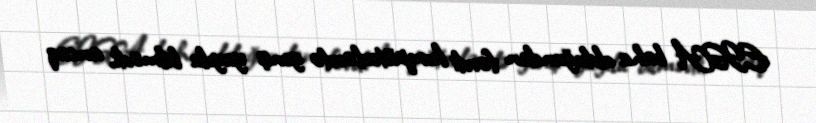
EISA baha olduğundan fərdi kompüterlərdə geniş yayıla bilmədi, ancaq